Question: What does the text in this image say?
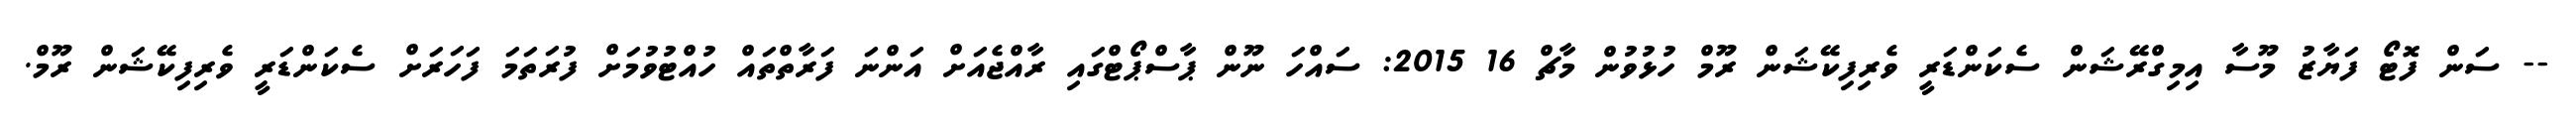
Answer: -- ސަން ފޮޓޯ ފަޔާޒު މޫސާ އިމިގްރޭޝަން ސެކަންޑަރީ ވެރިފިކޭޝަން ރޫމް ހުޅުވުން މާޗް 16 2015: ސައްހަ ނޫން ޕާސްޕޯޓްގައި ރާއްޖެއަށް އަންނަ ފަރާތްތައް ހުއްޓުވުމަށް ފުރަތަމަ ފަހަރަށް ސެކަންޑަރީ ވެރިފިކޭޝަން ރޫމް.